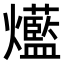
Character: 𤓆